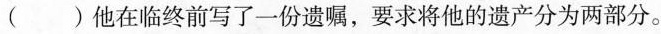
() 他在临终前写了一份遗嘱，要求将他的遗产分为两部分。